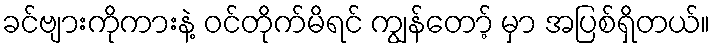
ခင်ဗျားကိုကားနဲ့ ဝင်တိုက်မိရင် ကျွန်တော့် မှာ အပြစ်ရှိတယ်။